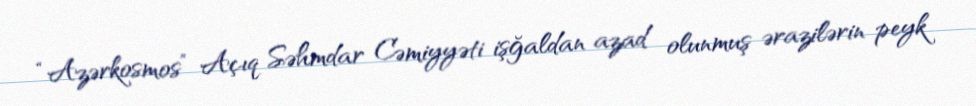
“Azərkosmos” Açıq Səhmdar Cəmiyyəti işğaldan azad olunmuş ərazilərin peyk